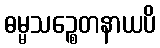
ဓမ္မသဉ္စေတနာယပိ